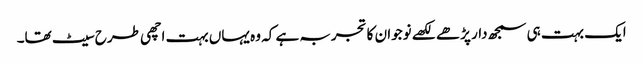
ایک بہت ہی سمجھ دار پڑھے لکھے نوجوان کا تجربہ ہے کہ وہ یہاں بہت اچھی طرح سیٹ تھا۔